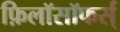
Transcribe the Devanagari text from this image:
फ़िलॉसॉफर्स्